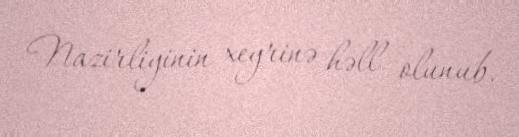
Nazirliyinin xeyrinə həll olunub.